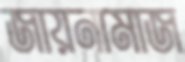
জায়নামাজ